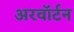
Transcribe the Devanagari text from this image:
अरवॉर्टन